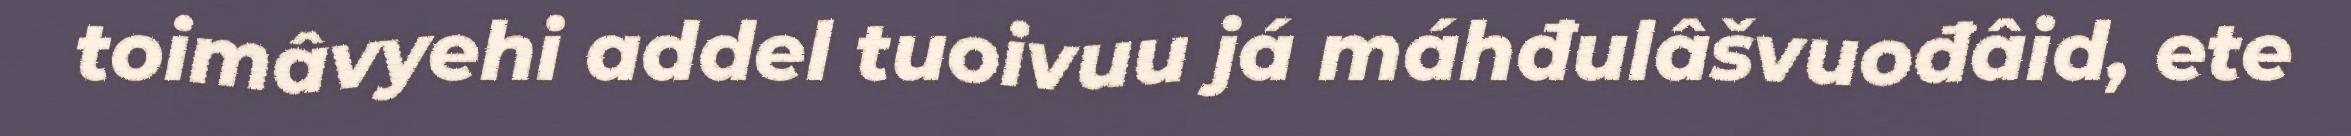
toimâvyehi addel tuoivuu já máhđulâšvuođâid, ete